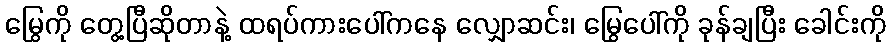
မြွေကို တွေ့ပြီဆိုတာနဲ့ ထရပ်ကားပေါ်ကနေ လျှောဆင်း၊ မြွေပေါ်ကို ခုန်ချပြီး ခေါင်းကို